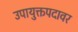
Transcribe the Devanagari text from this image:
उपायुक्तपदावर